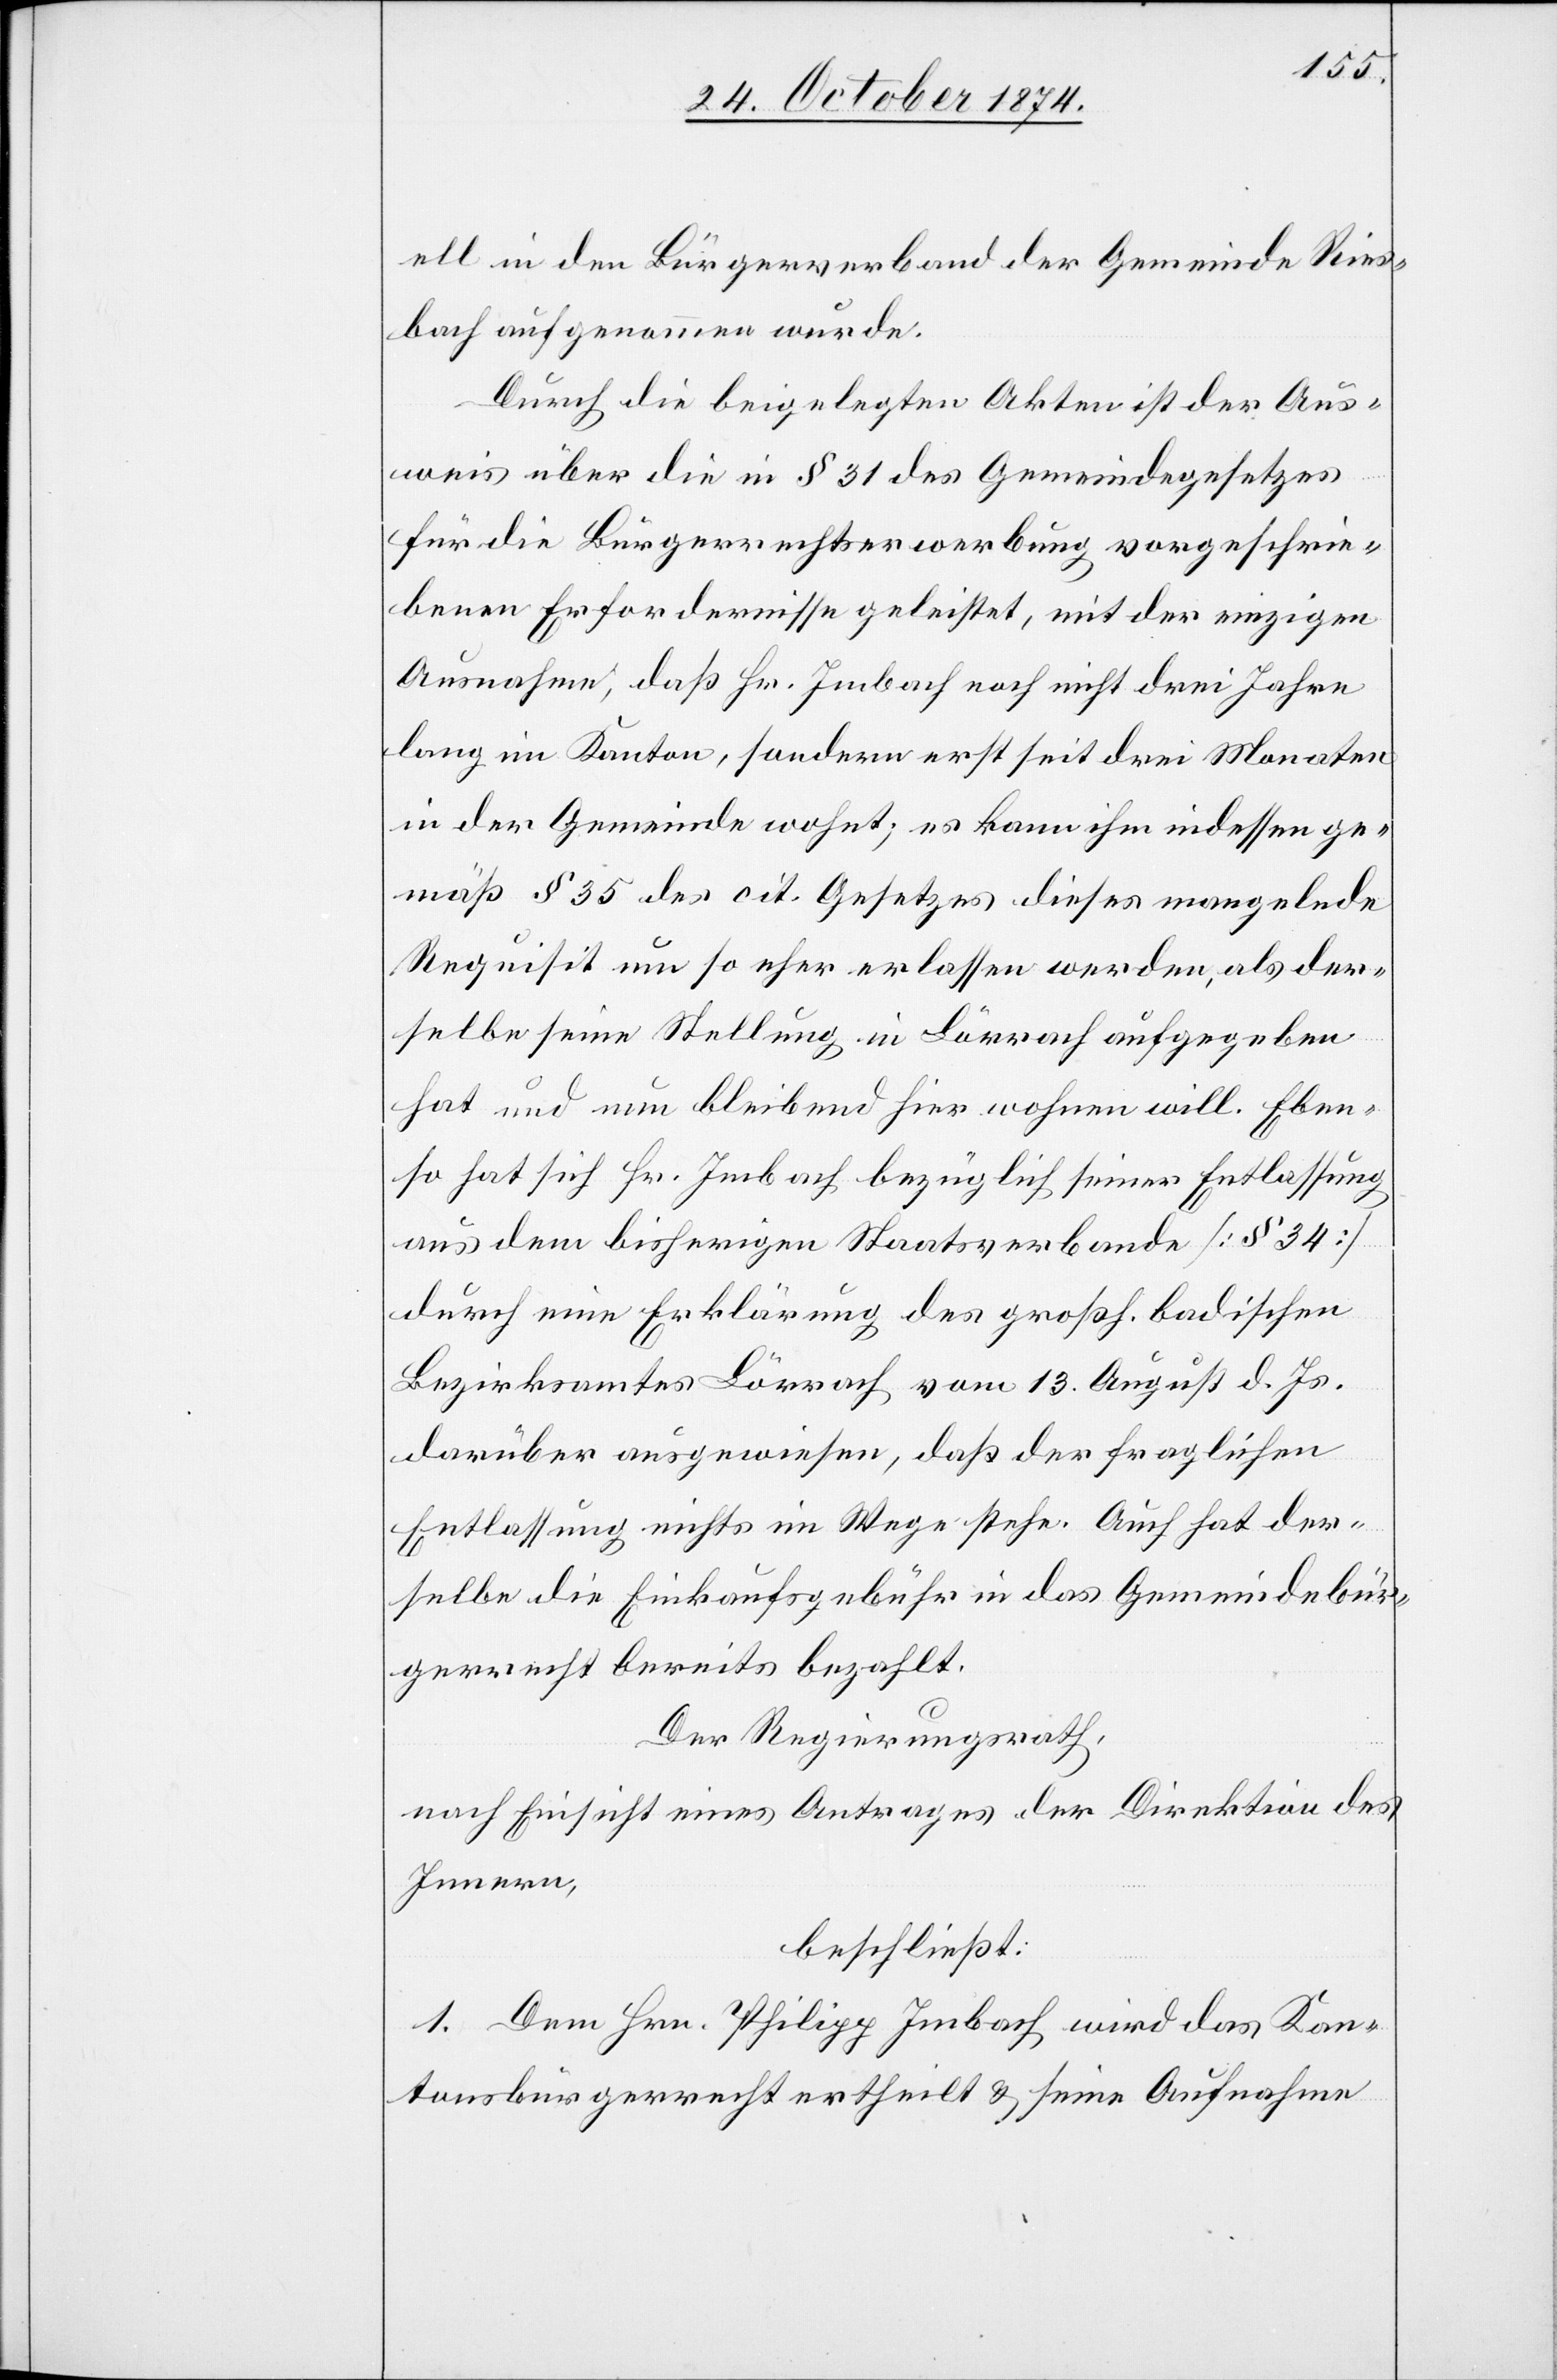
ell in den Bürgerverband der Gemeinde Ries¬
bach aufgenommen wurde.
Durch die beigelegten Akten ist der Aus¬
weis über die in § 31 des Gemeindegesetzes
für die Bürgerrechtserwerbung vorgeschrie¬
benen Erfordernisse geleistet, mit der einzigen
Ausnahme, daß Hr. Imbach noch nicht drei Jahre
lang im Kanton, sondern erst seit drei Monaten
in der Gemeinde wohnt; es kann ihm indessen ge¬
mäß § 35 des cit. Gesetzes dieses mangelnde
Requisit um so eher erlassen werden, als der¬
selbe seine Stellung in Lörrach aufgegeben
hat und nun bleibend hier wohnen will. Eben¬
so hat sich Hr. Imbach bezüglich seiner Entlassung
aus dem bisherigen Staatsverbande [§ 34]
durch eine Erklärung des großh. badischen
Bezirksamtes Lörrach vom 13. August d. Js.
darüber ausgewiesen, daß der fraglichen
Entlassung nichts im Wege stehe. Auch hat der¬
selbe die Einkaufsgebühr in das Gemeindebür¬
gerrecht bereits bezahlt.
Der Regierungsrath,
nach Einsicht eines Antrages der Direktion des
Innern,
beschließt:
1. Dem Hrn. Philipp Imbach wird das Kan¬
tonsbürgerrecht ertheilt & seine Aufnahme